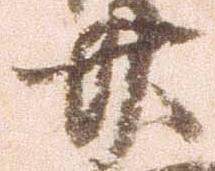
廿